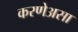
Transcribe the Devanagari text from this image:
करणेअसा